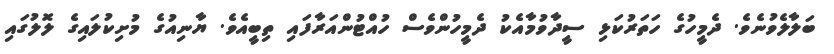
ބަލާލެވުނެވެ. ދެމީހުގެ ހަތަރުކަޅި ސީދާވުމާއެކު ދެމީހުންވެސް ހުއްޓުންއަރާފައި ތިބީއެވެ. ޔާނިއުގެ މުށިކުލައިގެ ލޮލުގައި